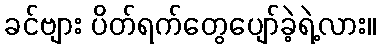
ခင်ဗျား ပိတ်ရက်တွေပျော်ခဲ့ရဲ့လား။